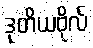
ဒုတိယဗိုလ်